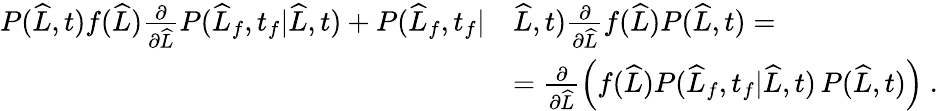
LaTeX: \begin{array}{rl}{P(\widehat{L},t)f(\widehat{L})\frac{\partial}{\partial\widehat{L}}P(\widehat{L}_{f},t_{f}|\widehat{L},t)+P(\widehat{L}_{f},t_{f}|}&{\widehat{L},t)\frac{\partial}{\partial\widehat{L}}f(\widehat{L})P(\widehat{L},t)=}\\ &{=\frac{\partial}{\partial\widehat{L}}\left(f(\widehat{L})P(\widehat{L}_{f},t_{f}|\widehat{L},t)\, P(\widehat{L},t)\right)\ .}\end{array}